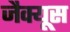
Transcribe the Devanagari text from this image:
जैक्यूस